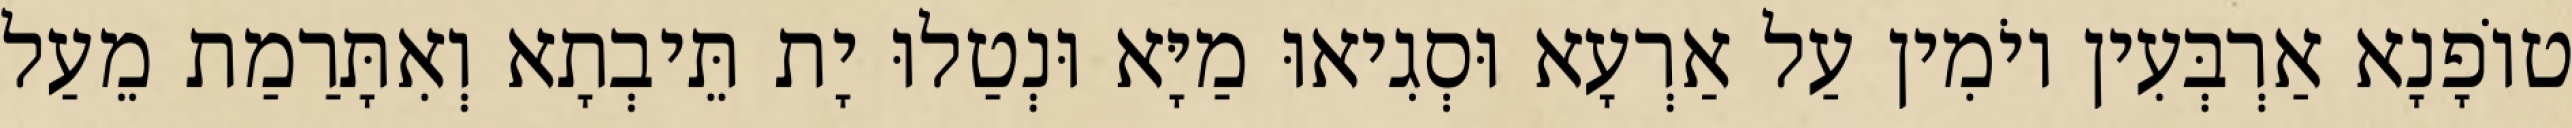
טוֹפָנָא אַרְבְּעִין יוֹמִין עַל אַרְעָא וּסְגִיאוּ מַיָּא וּנְטַלוּ יָת תֵּיבְתָא וְאִתָּרַמַת מֵעַל